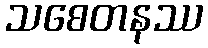
သစေတနဿ